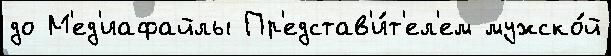
до М'ед'иафайлы Пр'едстав'и́т'ел'ем мужско́й